Annual report of the Punjab Veterinary College and of the Civil Veterinary Department, Punjab - 1909-1919
Year: 1909
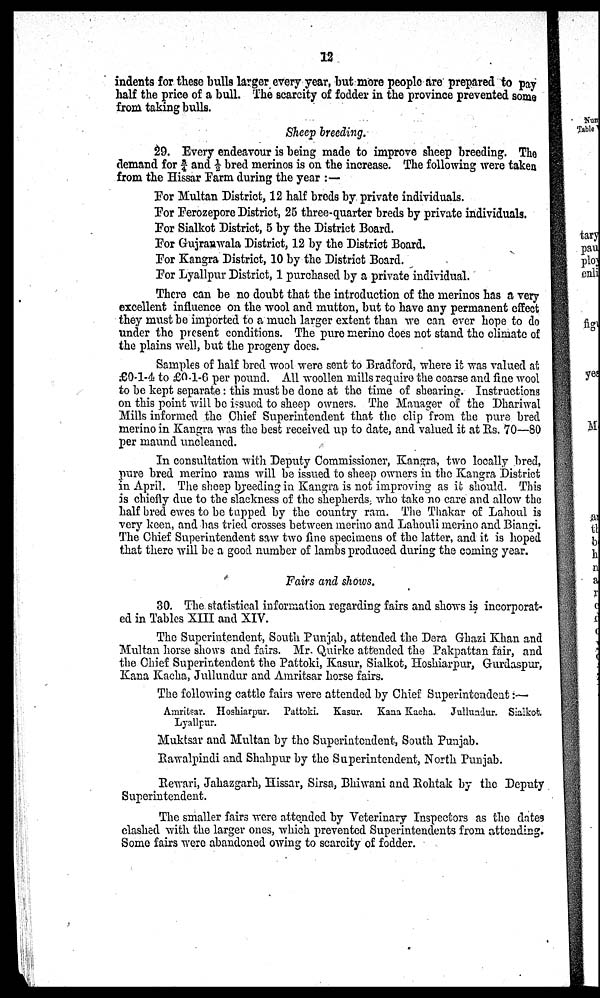
12
indents for these bulls larger every year, but more people are prepared to pay
half the price of a bull. The scarcity of fodder in the province prevented some
from taking bulls.
Sheep breeding.
29. Every endeavour is being made to improve sheep breeding. The
demand for ¾ and ½ bred merinos is on the increase. The following were taken
from the Hissar Farm during the year :—
For Multan District, 12 half breds by private individuals.
For Ferozepore District, 25 three-quarter breds by private individuals.
For Sialkot District, 5 by the District Board.
For Gujranwala District, 12 by the District Board.
For Kangra District, 10 by the District Board.
For Lyallpur District, 1 purchased by a private individual.
There can be no doubt that the introduction of the merinos has a very
excellent influence on the wool and mutton, but to have any permanent effect
they must be imported to a much larger extent than we can ever hope to do
under the present conditions. The pure merino does not stand the climate of
the plains well, but the progeny does.
Samples of half bred wool were sent to Bradford, where it was valued at
£0-1-4 to £0-1-6 per pound. All woollen mills require the coarse and fine wool
to be kept separate: this must be done at the time of shearing. Instructions
on this point will be issued to sheep owners. The Manager of the Dhariwal
Mills informed the Chief Superintendent that the clip from the pure bred
merino in Kangra was the best received up to date, and valued it at Rs. 70—80
per maund uncleaned.
In consultation with Deputy Commissioner, Kangra, two locally bred,
pure bred merino rams will be issued to sheep owners in the Kangra District
in April. The sheep breeding in Kangra is not improving as it should. This
is chiefly due to the slackness of the shepherds, who take no care and allow the
half bred ewes to be tapped by the country ram. The Thakar of Lahoul is
very keen, and has tried crosses between merino and Lahouli merino and Biangi.
The Chief Superintendent saw two fine specimens of the latter, and it is hoped
that there will be a good number of lambs produced during the coming year.
Fairs and shows.
30. The statistical information regarding fairs and shows is incorporat-
ed in Tables XIII and XIV.
The Superintendent, South Punjab, attended the Dera Ghazi Khan and
Multan horse shows and fairs. Mr. Quirke attended the Pakpattan fair, and
the Chief Superintendent the Pattoki, Kasur, Sialkot, Hoshiarpur, Gurdaspur,
Kana Kacha, Jullundur and Amritsar horse fairs.
The following cattle fairs were attended by Chief Superintendent:—
Amritsar. Hoshiarpur. Pattoki. Kasur. Kana Kacha. Jullundur. Sialkot.
Lyallpur.
Muktsar and Multan by the Superintendent, South Punjab.
Rawalpindi and Shahpur by the Superintendent, North Punjab.
Rewari, Jahazgarh, Hissar, Sirsa, Bhiwani and Rohtak by the Deputy
Superintendent.
The smaller fairs were attended by Veterinary Inspectors as the dates
clashed with the larger ones, which prevented Superintendents from attending.
Some fairs were abandoned owing to scarcity of fodder.